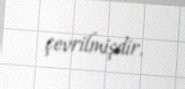
çevrilmişdir.